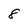
Character: 8